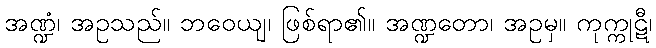
အဏ္ဍံ၊ အဥသည်။ ဘဝေယျ၊ ဖြစ်ရာ၏။ အဏ္ဍတော၊ အဥမှ။ ကုက္ကုဋီ၊